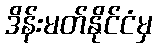
ဒိန်းမတ်နိုင်ငံမှ